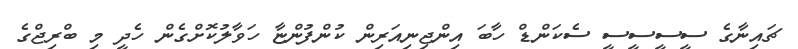
ޗައިނާގެ ސީސީސީސީ ސެކަންޑް ހާބަ އިންޖިނިއަރިން ކުންފުންޏާ ހަވާލުކޮށްގެން ހެދީ މި ބްރިޖްގެ